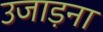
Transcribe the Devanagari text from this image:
उजाड़ना